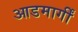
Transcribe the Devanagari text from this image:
आडमार्गीं